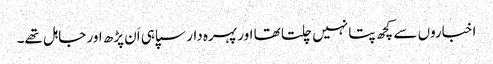
اخباروں سے کچھ پتا نہیں چلتا تھا اور پہرہ دار سپاہی اَن پڑھ اور جاہل تھے۔